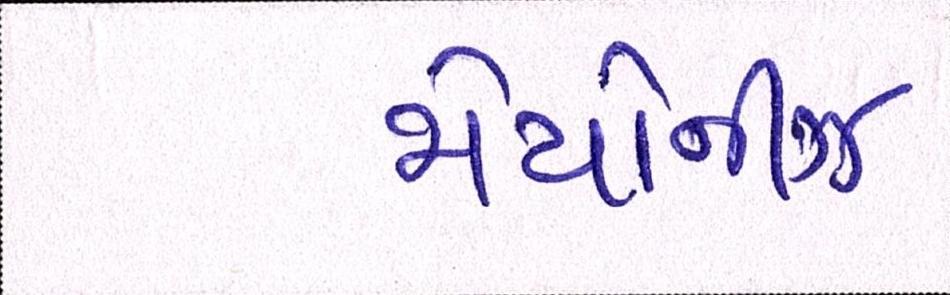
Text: મેયોનીઝ